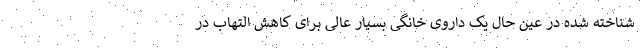
شناخته شده در عین حال یک داروی خانگی بسیار عالی برای کاهش التهاب در